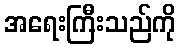
အရေးကြီးသည်ကို